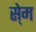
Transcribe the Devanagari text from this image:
से्म